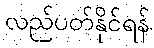
လည်ပတ်နိုင်ရန်